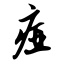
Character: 痖